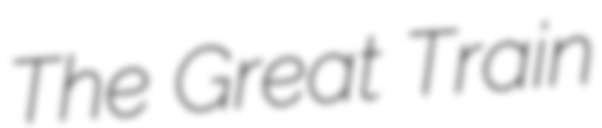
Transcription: The Great Train